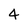
Character: 4